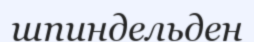
шпиндельден